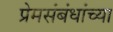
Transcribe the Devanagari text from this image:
प्रेमसंबंधांच्या